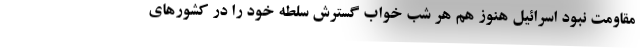
مقاومت نبود اسرائیل هنوز هم هر شب خواب گسترش سلطه خود را در کشورهای